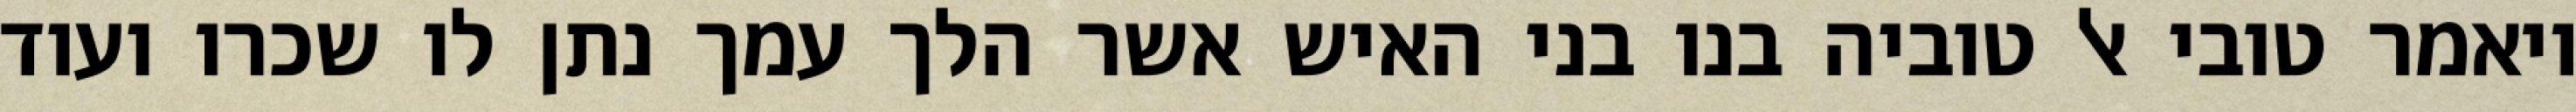
ויאמר טובי אל טוביה בנו בני האיש אשר הלך עמך נתן לו שכרו ועוד